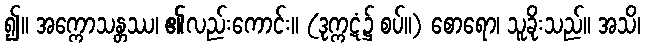
၍။ အက္ကောသန္တဿ၊ ၏လည်းကောင်း။ (ဒုက္ကဋံ၌ စပ်။) စောရော၊ သူခိုးသည်။ အသိ၊